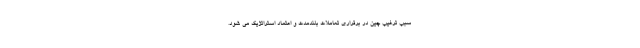
سبب ترغیب چین در برقراری تعاملات بلندمدت و اعتماد استراتژیک می شود.